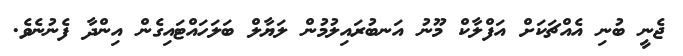
ޖެނީ ބުނި އެއްޗަކަށް އަފްލާކް މޫނު އަނބުރައިލުމުން ލަޔާލް ބަލަހައްޓައިގެން އިންދާ ފެނުނެވެ.